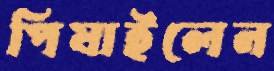
পিষাইলেন